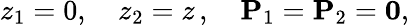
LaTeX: z_{1}=0,\quad z_{2}=z\, ,\quad\mathbf{P}_{1}=\mathbf{P}_{2}=\mathbf{0},